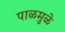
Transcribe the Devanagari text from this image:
पाळमुळे